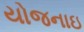
યોજનાઇ